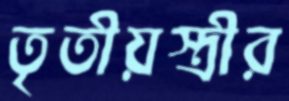
তৃতীয়স্ত্রীর